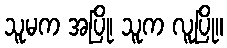
သူမက အပြို၊ သူက လူပြို။